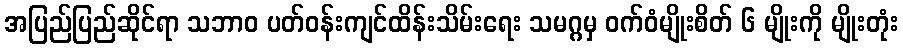
အပြည်ပြည်ဆိုင်ရာ သဘာဝ ပတ်ဝန်းကျင်ထိန်းသိမ်းရေး သမဂ္ဂမှ ဝက်ဝံမျိုးစိတ် ၆ မျိုးကို မျိုးတုံး